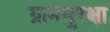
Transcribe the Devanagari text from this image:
ग्रामसुरक्षा